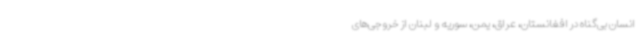
انسان بی‌گناه در افغانستان، عراق، یمن، سوریه و لبنان از خروجی‌های